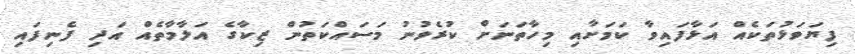
ފިޔަވަޅުތަކެއް އަޅާފައިވާ ކަމަށާއި މިހާތަނަށް ކުރެވުނު މަސައްކަތުން ޒިކާގެ އަލާމާތެއް އަދި ފެނިފައި